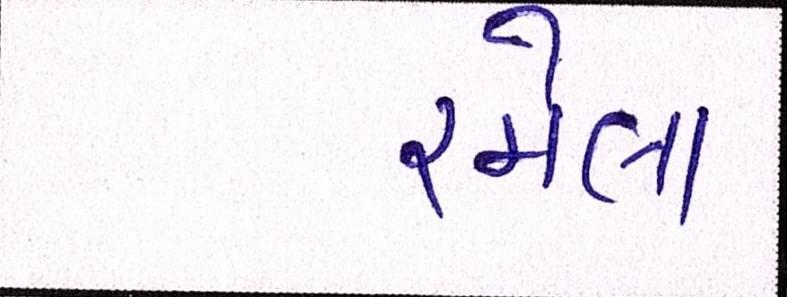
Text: રમેલા